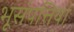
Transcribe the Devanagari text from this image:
भूसंपत्तियां